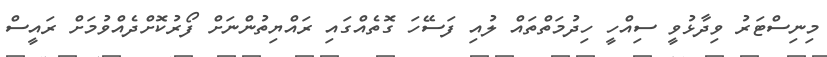
މިނިސްޓަރު ވިދާޅުވީ ސިއްހީ ހިދުމަތްތައް ލުއި ފަސޭހަ ގޮތެއްގައި ރައްޔިތުންނަށް ފޯރުކޮށްދެއްވުމަށް ރައީސް